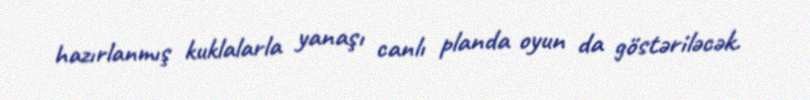
hazırlanmış kuklalarla yanaşı canlı planda oyun da göstəriləcək.